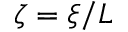
\zeta = \xi / L